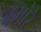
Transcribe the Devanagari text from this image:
बभोरे